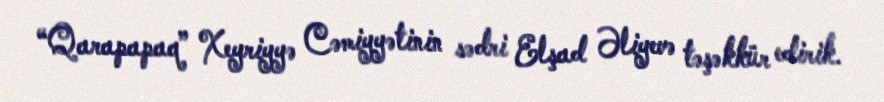
“Qarapapaq” Xeyriyyə Cəmiyyətinin sədri Elşad Əliyevə təşəkkür edirik.